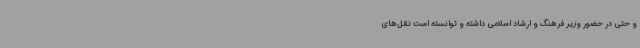
و حتی در حضور وزیر فرهنگ و ارشاد اسلامی داشته و توانسته است نقل‌های